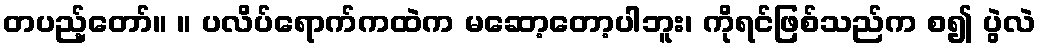
တပည့်တော်။ ။ ပလိပ်ရောက်ကထဲက မဆော့တော့ပါဘူး၊ ကိုရင်ဖြစ်သည်က စ၍ ပွဲလဲ